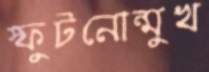
স্ফুটনোন্মুখ